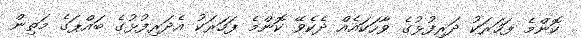
ކޮންމެ ފަހަރަކު ދަރިފުޅުގެ ވާހަކައެއް ދެކެވޭ ކޮންމެ ފަހަރަކު އެދަރިފުޅުގެ ބައްޕަގެ މަތިން